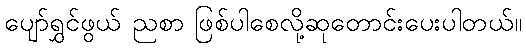
ပျော်ရွှင်ဖွယ် ညစာ ဖြစ်ပါစေလို့ဆုတောင်းပေးပါတယ်။